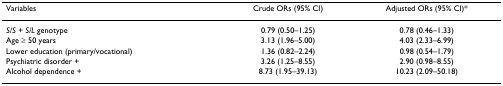
<table><thead><tr><td><b>Variables</b></td><td><b>Crude ORs (95% CI)</b></td><td><b>Adjusted ORs (95% CI)*</b></td></tr></thead><tbody><tr><td><i>S/S </i>+ <i>S/L </i>genotype</td><td>0.79 (0.50–1.25)</td><td>0.78 (0.46–1.33)</td></tr><tr><td>Age ≥ 50 years</td><td>3.13 (1.96–5.00)</td><td>4.03 (2.33–6.99)</td></tr><tr><td>Lower education (primary/vocational)</td><td>1.36 (0.82–2.24)</td><td>0.98 (0.54–1.79)</td></tr><tr><td>Psychiatric disorder +</td><td>3.26 (1.25–8.55)</td><td>2.90 (0.98–8.55)</td></tr><tr><td>Alcohol dependence +</td><td>8.73 (1.95–39.13)</td><td>10.23 (2.09–50.18)</td></tr></tbody></table>